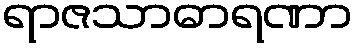
ရာဇသာဓာရဏာ